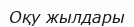
Оқу жылдары